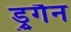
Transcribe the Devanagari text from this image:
ड्रुगैन